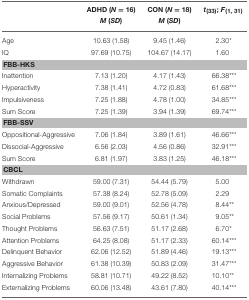
<table><thead><tr><td></td><td><b>ADHD (<i>N</i> = 16) <i>M</i> (<i>SD</i>)</b></td><td><b>CON (<i>N</i> = 18) <i>M</i> (<i>SD</i>)</b></td><td><b><i>t</i><sub>(33)</sub>; <i>F</i><sub>(1, 31)</sub></b></td></tr></thead><tbody><tr><td>Age</td><td>10.63 (1.58)</td><td>9.45 (1.46)</td><td>2.30<sup>*</sup></td></tr><tr><td>IQ</td><td>97.69 (10.75)</td><td>104.67 (14.17)</td><td>1.60</td></tr><tr><td colspan="4"><b>FBB-HKS</b></td></tr><tr><td>Inattention</td><td>7.13 (1.20)</td><td>4.17 (1.43)</td><td>66.38<sup>***</sup></td></tr><tr><td>Hyperactivity</td><td>7.38 (1.41)</td><td>4.72 (0.83)</td><td>61.68<sup>***</sup></td></tr><tr><td>Impulsiveness</td><td>7.25 (1.88)</td><td>4.78 (1.00)</td><td>34.85<sup>***</sup></td></tr><tr><td>Sum Score</td><td>7.25 (1.39)</td><td>3.94 (1.39)</td><td>69.74<sup>***</sup></td></tr><tr><td colspan="4"><b>FBB-SSV</b></td></tr><tr><td>Oppositional-Aggressive</td><td>7.06 (1.84)</td><td>3.89 (1.61)</td><td>46.66<sup>***</sup></td></tr><tr><td>Dissocial-Aggressive</td><td>6.56 (2.03)</td><td>4.56 (0.86)</td><td>32.91<sup>***</sup></td></tr><tr><td>Sum Score</td><td>6.81 (1.97)</td><td>3.83 (1.25)</td><td>46.18<sup>***</sup></td></tr><tr><td colspan="4"><b>CBCL</b></td></tr><tr><td>Withdrawn</td><td>59.00 (7.31)</td><td>54.44 (5.79)</td><td>5.00</td></tr><tr><td>Somatic Complaints</td><td>57.38 (8.24)</td><td>52.78 (5.09)</td><td>2.29</td></tr><tr><td>Anxious/Depressed</td><td>59.00 (9.01)</td><td>52.56 (4.78)</td><td>8.44<sup>**</sup></td></tr><tr><td>Social Problems</td><td>57.56 (9.17)</td><td>50.61 (1.34)</td><td>9.05<sup>**</sup></td></tr><tr><td>Thought Problems</td><td>56.63 (7.51)</td><td>51.17 (2.68)</td><td>6.70<sup>*</sup></td></tr><tr><td>Attention Problems</td><td>64.25 (8.08)</td><td>51.17 (2.33)</td><td>60.14<sup>***</sup></td></tr><tr><td>Delinquent Behavior</td><td>62.06 (12.52)</td><td>51.89 (4.46)</td><td>19.13<sup>***</sup></td></tr><tr><td>Aggressive Behavior</td><td>61.38 (10.39)</td><td>50.83 (2.09)</td><td>31.47<sup>***</sup></td></tr><tr><td>Internalizing Problems</td><td>58.81 (10.71)</td><td>49.22 (8.52)</td><td>10.10<sup>**</sup></td></tr><tr><td>Externalizing Problems</td><td>60.06 (13.48)</td><td>43.61 (7.80)</td><td>40.14<sup>***</sup></td></tr></tbody></table>